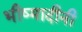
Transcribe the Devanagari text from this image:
भीष्मादीनी